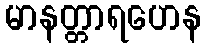
မာနတ္တာရဟေန